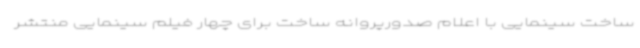
ساخت سینمایی با اعلام صدورپروانه ساخت برای چهار فیلم سینمایی منتشر